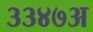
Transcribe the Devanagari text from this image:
३३४७अ